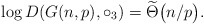
\begin{align*} \log D(G(n,p), \circ_{3}) = \widetilde{\Theta}\big(n / p \big). \end{align*}